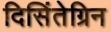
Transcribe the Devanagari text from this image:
दिसिंतेग्रिन